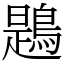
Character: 鶗